Civil Veterinary Dept. Bombay admin report 1914-1922 - 1914-1922
Year: 1914
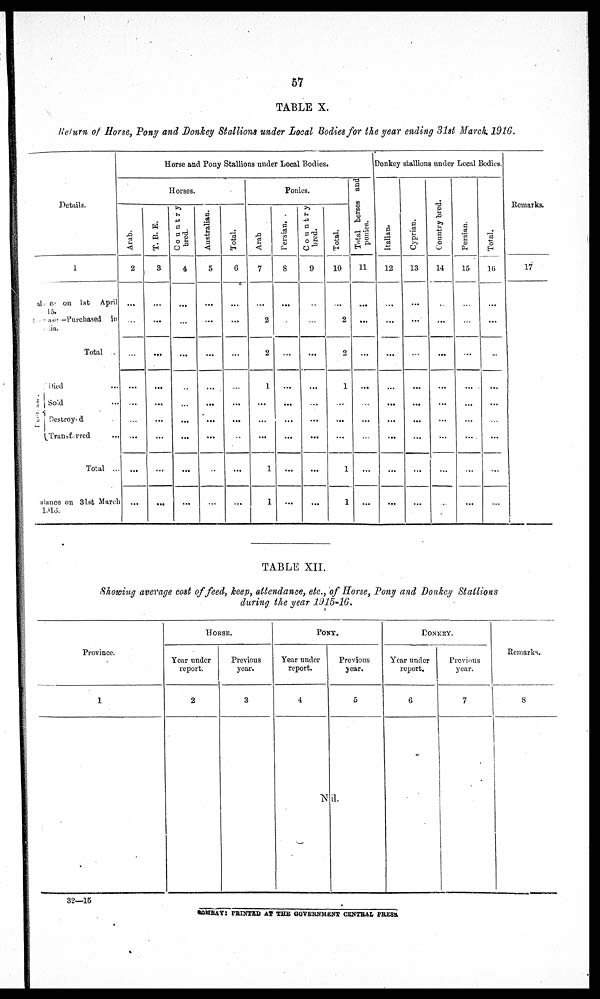
57
TABLE X.
Return of Horse, Pony and Donkey Stallions under Local Bodies for the year ending 31st March 1916.
Details.
1
Balance on 1st April
1915.
Decrease —Purchased in
India.
Total
Decrease.
Died ...
Sold ...
Destroyed
Transferred ...
Total ..
Balance on 31st March
1916.
Horse and Pony Stallions under Local Bodies.
Horses.
Arab.
2
...
...
...
...
...
...
...
...
...
T. B. E.
3
...
...
...
...
...
...
...
...
...
Country
bred.
4
...
...
...
...
...
...
...
...
...
Australian.
5
...
...
...
...
...
...
...
...
...
Total.
6
...
...
...
...
...
...
...
...
Ponies.
Arab
7
...
2
2
1
...
...
...
1
1
Persian.
8
...
...
...
...
...
...
...
...
Country
bred.
9
...
...
...
...
...
...
...
...
...
Total.
10
...
2
2
1
...
...
...
1
1
Total horses and
ponies.
11
...
...
...
...
...
...
...
...
...
Donkey stallions under Local Bodies.
Italian.
12
...
...
...
...
...
...
...
...
...
Cyprian.
13
...
...
...
...
...
...
...
...
...
Count r
y bred.
14
...
...
...
...
...
...
...
...
...
Persian.
15
...
...
...
...
...
...
...
...
...
Total.
16
...
...
...
...
...
...
...
...
...
Remarks.
17
TABLE XII.
Showing average cost of feed, keep, attendance, etc., of Horse, Pony and Donkey Stallions
during the year 1915-16.
Province.
1
HORSE.
Year under
report.
2
Previous
year.
3
PONY.
Year under
report.
4
Previous
year.
5
Nil.
DONKEY.
Year under
report.
6
Previous
year.
7
Remarks.
8
32—15
BOMBAY PRINTED AT THE GOVERNMENT CENTRAL PRESS.